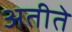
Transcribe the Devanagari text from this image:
अतीते